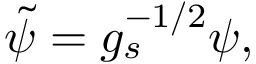
\tilde { \psi } = g _ { s } ^ { - 1 / 2 } \psi ,